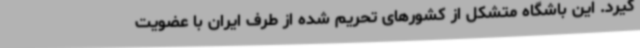
گیرد. این باشگاه متشکل از کشورهای تحریم شده از طرف ایران با عضویت